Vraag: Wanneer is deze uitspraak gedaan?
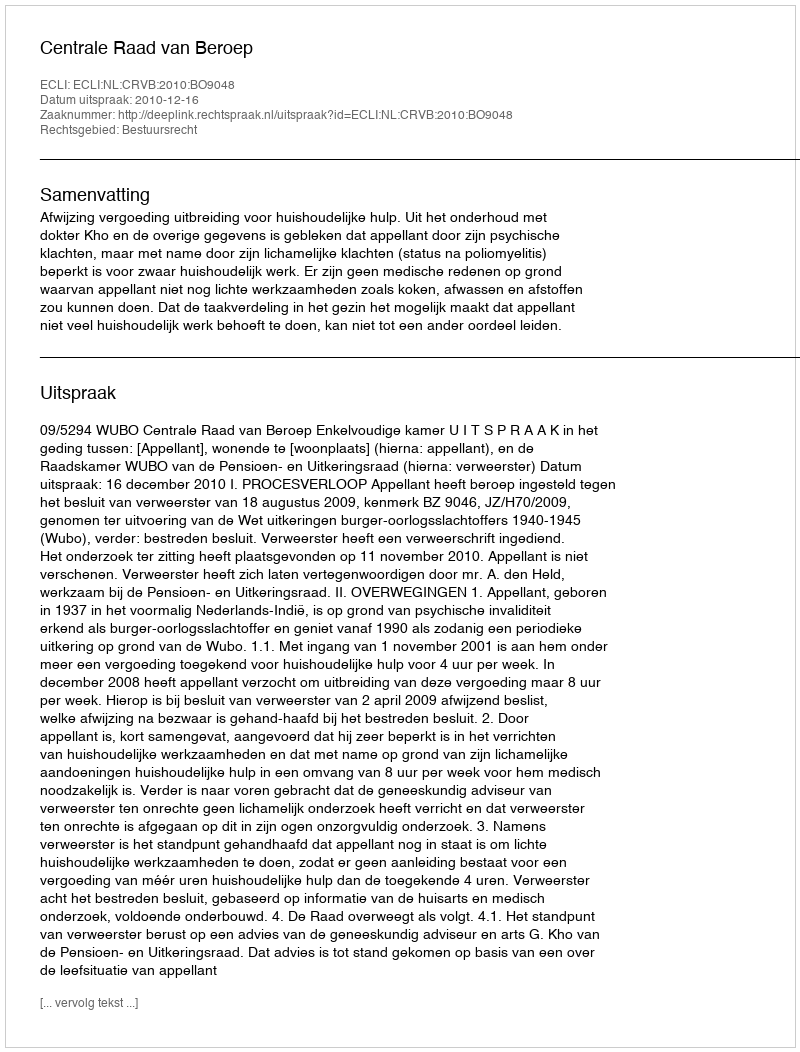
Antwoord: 2010-12-16